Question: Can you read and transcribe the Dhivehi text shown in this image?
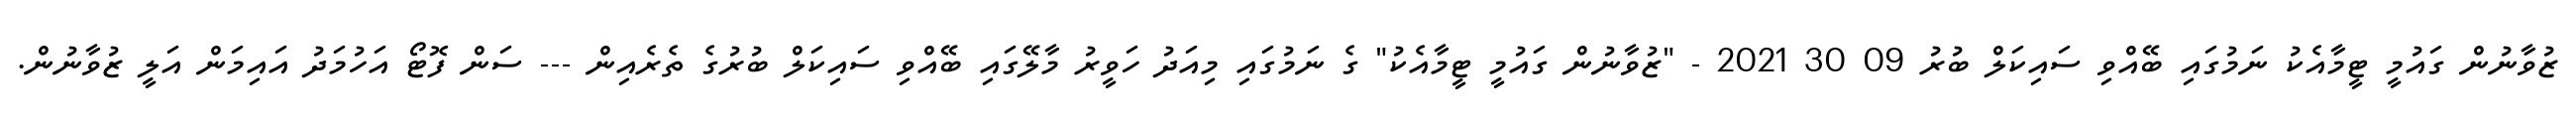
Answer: ޒުވާނުން ގައުމީ ޓީމާއެކު ނަމުގައި ބޭއްވި ސައިކަލް ބުރު 09 30 2021 - "ޒުވާނުން ގައުމީ ޓީމާއެކު" ގެ ނަމުގައި މިއަދު ހަވީރު މާލޭގައި ބޭއްވި ސައިކަލް ބުރުގެ ތެރެއިން --- ސަން ފޮޓޯ އަހުމަދު އައިމަން އަލީ ޒުވާނުން.